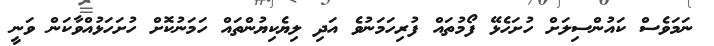
ނަމަވެސް ކައުންސިލަށް ހުށަހެޅޭ ފޯމުތައް ފުރިހަމަނުވެ އަދި ލިޔެކިޔުންތައް ހަމަނުކޮށް ހުށަހަޅުއްވާކަން ވަނީ